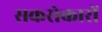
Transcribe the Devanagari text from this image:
सकरोकारों